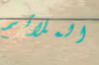
الملائم